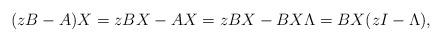
LaTeX: \begin{align*}(zB - A) X = z B X - A X = z B X-B X \Lambda = B X (z I - \Lambda),\end{align*}